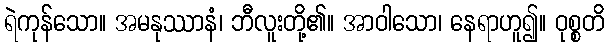
ရဲကုန်သော။ အမနုဿာနံ၊ ဘီလူးတို့၏။ အာဝါသော၊ နေရာဟူ၍။ ဝုစ္စတိ